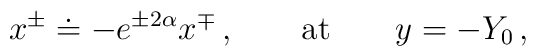
x^{\pm} \doteq  - e^{\pm 2\alpha} x^{\mp}\,, \qquad    \mbox{at}\qquad y = - Y_0\,,